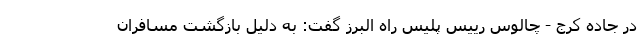
در جاده کرج - چالوس رییس پلیس راه البرز گفت: به دلیل بازگشت مسافران